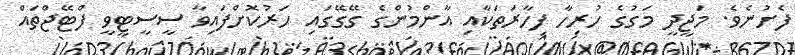
ފެށުނެވެ. މަޖީދީ މަގުގެ ހުރިހާ ފިހާރަތަކާއި އާންމުންގެ ގޭގޭގައި ހަރުކޮށްފައިވާ ސީސީޓީވީ ފްޓޭޖްތައް